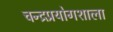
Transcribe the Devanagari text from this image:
चन्द्रप्रयोगशाला